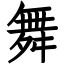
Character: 舞